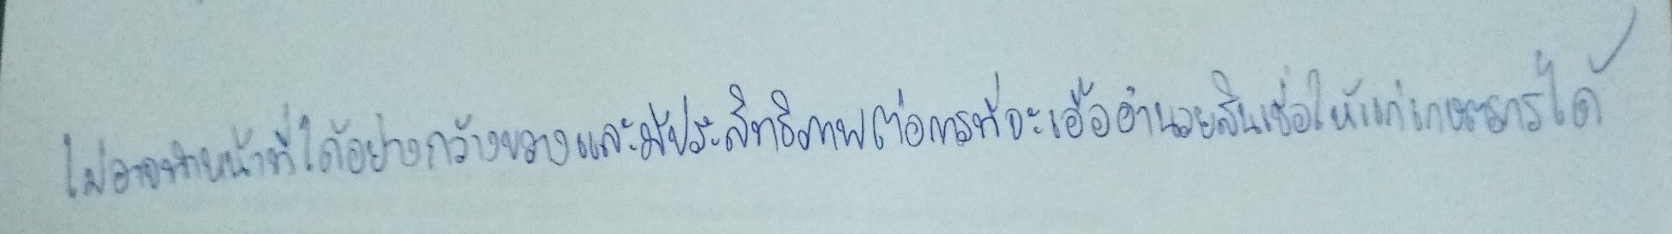
ไม่อาจทำหน้าที่ได้อย่างกว้างขวางและมีประสิทธิภาพต่อการที่จะเอื้ออำนวยสินเชื่อให้แก่เกษตรกรได้